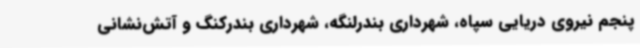
پنجم نیروی دریایی سپاه، شهرداری بندرلنگه، شهرداری بندرکنگ و آتش‌نشانی